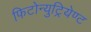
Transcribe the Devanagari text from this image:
फिटोन्युट्रियेण्ट